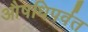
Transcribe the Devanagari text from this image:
औषधिपर्वत